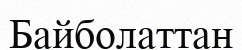
Байболаттан